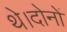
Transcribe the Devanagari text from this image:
थे।दोनों